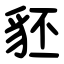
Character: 豾